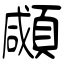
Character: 顑